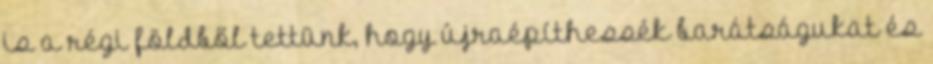
is a régi földből tettünk, hogy újraépíthessék barátságukat és